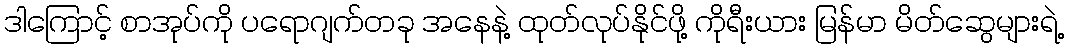
ဒါကြောင့် စာအုပ်ကို ပရောဂျက်တခု အနေနဲ့ ထုတ်လုပ်နိုင်ဖို့ ကိုရီးယား မြန်မာ မိတ်ဆွေများရဲ့